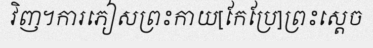
វិញ។ការភៀសព្រះកាយ[កែប្រែ]ព្រះស្តេច